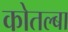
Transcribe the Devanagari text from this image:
कोतल्बा